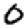
Digit: 0